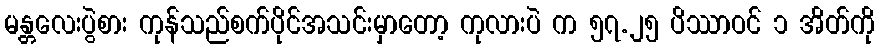
မန္တလေးပွဲစား ကုန်သည်စက်ပိုင်အသင်းမှာတော့ ကုလားပဲ က ၅၇.၂၅ ပိဿာဝင် ၁ အိတ်ကို